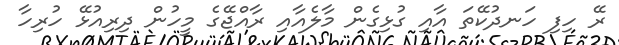
ރޭ ހިފި ހަނދުކޭތަ އާއި ގުޅިގެން މާލެއާއި ރާއްޖޭގެ މީހުން ދިރިއުޅޭ ހުރިހާ